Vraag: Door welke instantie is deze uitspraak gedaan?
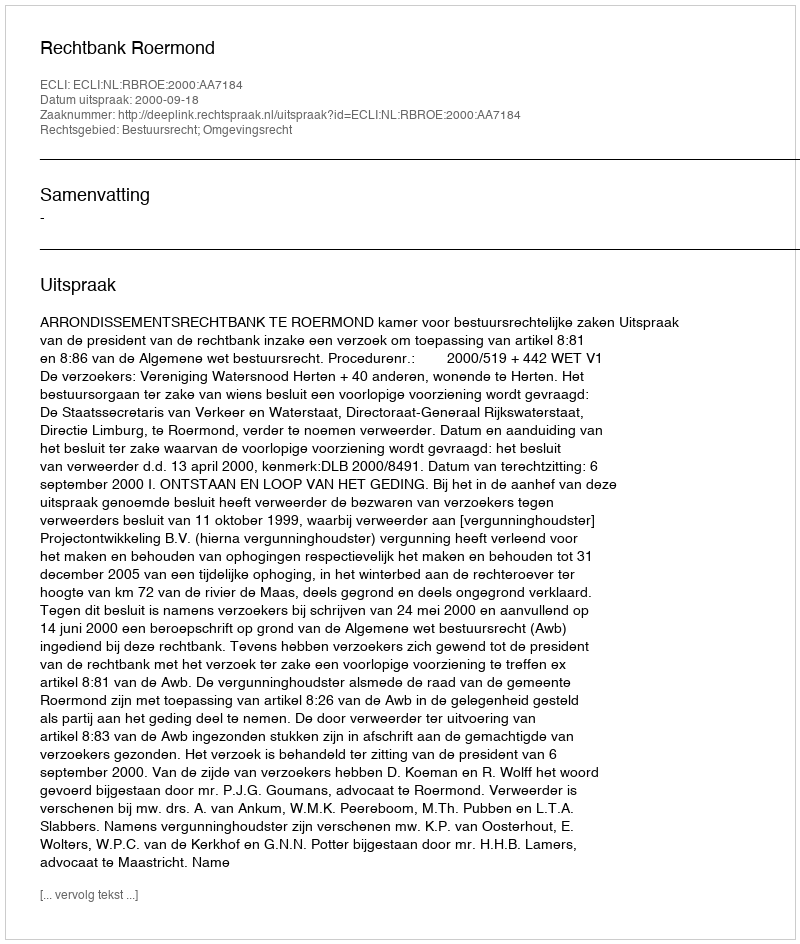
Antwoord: Rechtbank Roermond